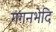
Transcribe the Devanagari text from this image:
गगनभेदि